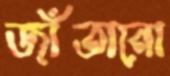
জাঁতানো